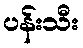
ပန်းသီး